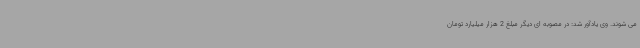
می شوند. وی یادآور شد: در مصوبه ای دیگر مبلغ 2 هزار میلیارد تومان